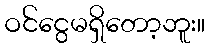
ဝင်ငွေမရှိတော့ဘူး။